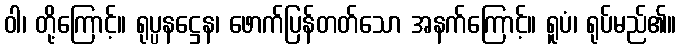
ဝါ၊ တို့ကြောင့်။ ရုပ္ပနဋ္ဌေန၊ ဖောက်ပြန်တတ်သော အနက်ကြောင့်။ ရူပံ၊ ရုပ်မည်၏။